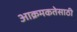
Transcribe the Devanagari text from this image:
आक्रमकतेसाठी